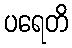
ပရေတိ